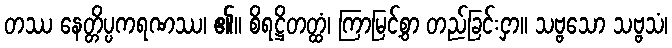
တဿ နေတ္တိပ္ပကရဏဿ၊ ၏။ စိရဋ္ဌိတတ္ထံ၊ ကြာမြင့်စွာ တည်ခြင်းငှာ။ သဗ္ဗသော သဗ္ဗသံ၊